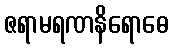
ဇရာမရဏနိရောဓေ